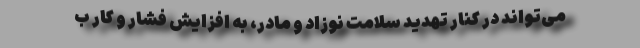
می‌تواند در کنار تهدید سلامت نوزاد و مادر، به افزایش فشار و کار ب